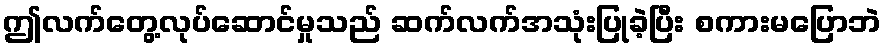
ဤလက်တွေ့လုပ်ဆောင်မှုသည် ဆက်လက်အသုံးပြုခဲ့ပြီး စကားမပြောဘဲ